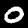
Label: 0